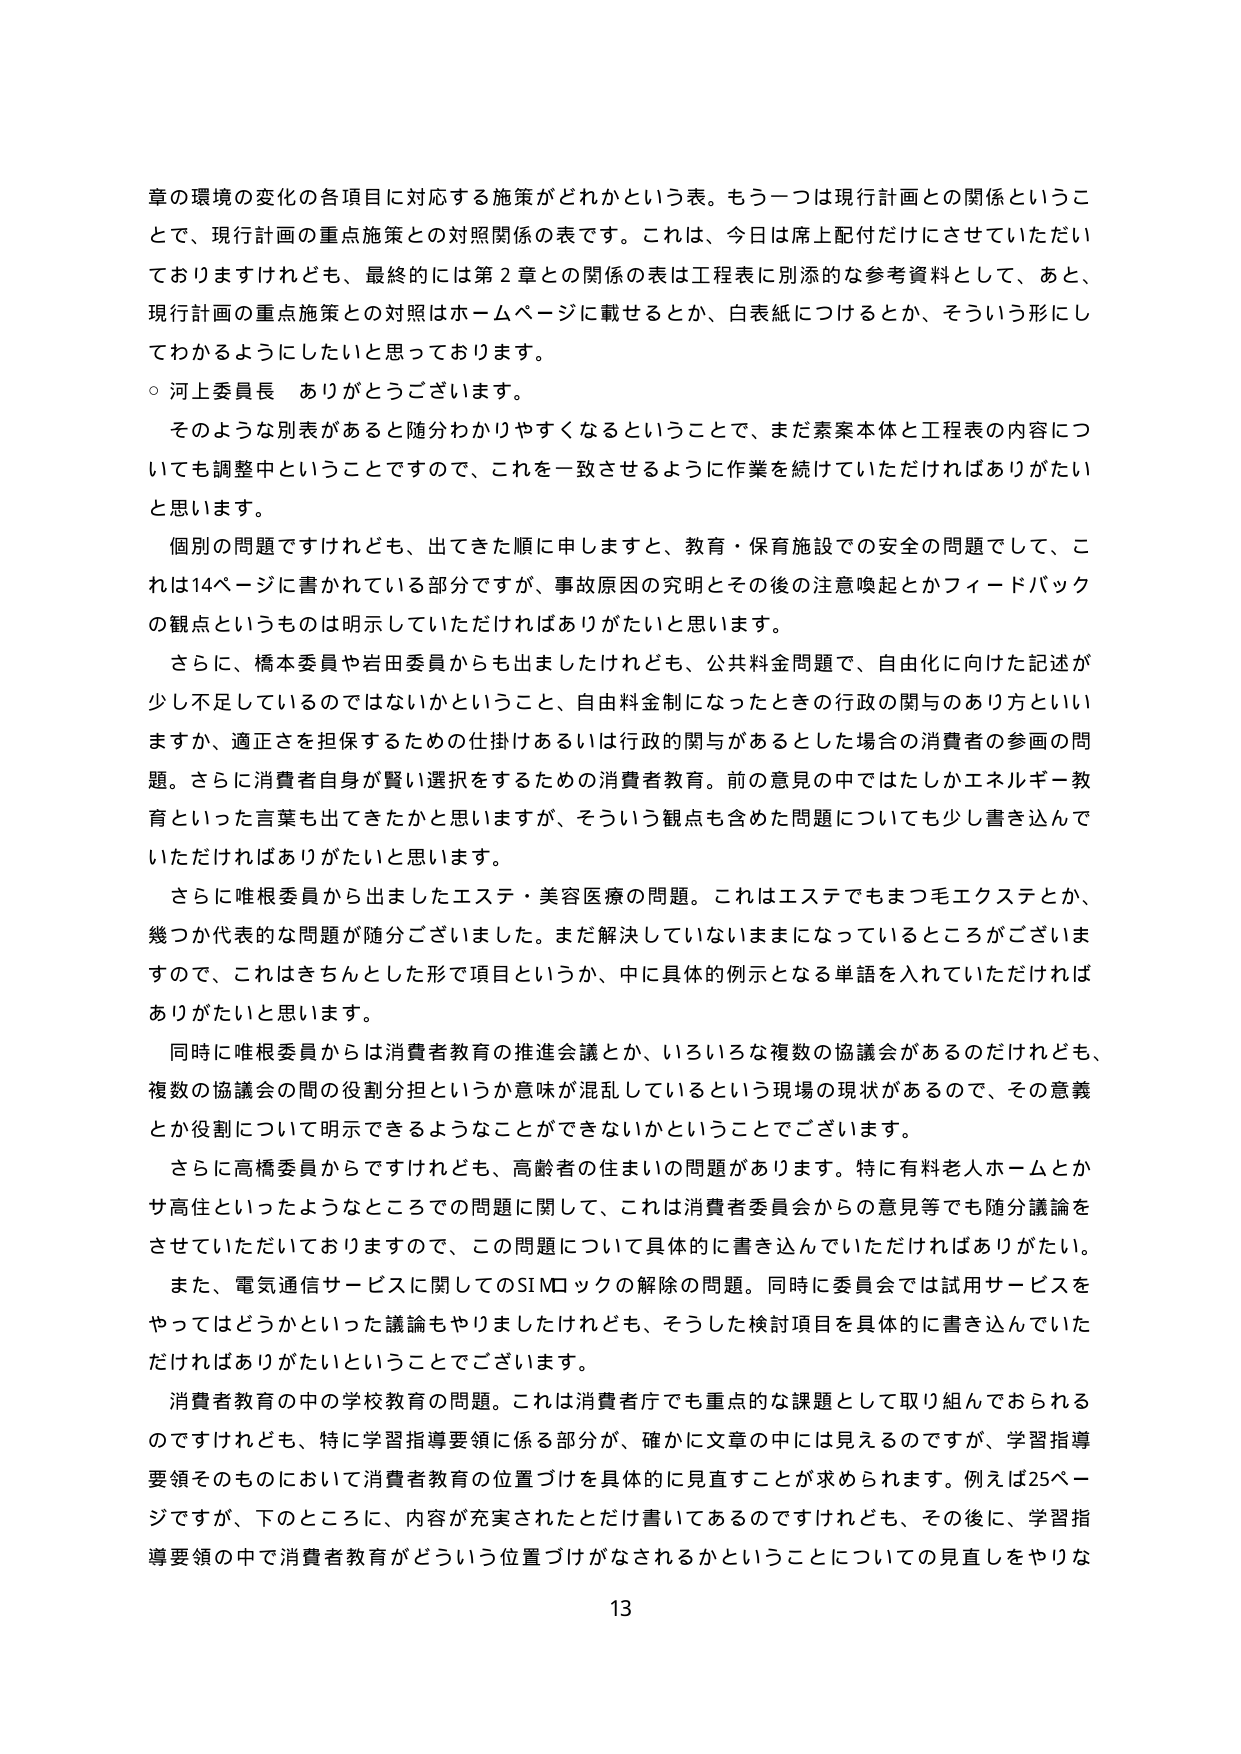
章の環境の変化の各項目に対応する施策がどれかという表。もう一つは現行計画との関係ということで、現行計画の重点施策との対照関係の表です。これは、今日は席上配付だけにさせていただいておりますけれども、最終的には第2章との関係の表は工程表に別添的な参考資料として、あと、現行計画の重点施策との対照はホームページに載せるとか、白表紙につけるとか、そういう形にしてわかるようにしたいと思っております。

○ 河上委員長 ありがとうございます。

そのような別表があると随分わかりやすくなるということで、まだ素案本体と工程表の内容についても調整中ということでですので、これを一致させるように作業を続けていただければありがたいと思います。

個別の問題ですけれども、出てきた順に申しますと、教育・保育施設での安全の問題でして、これは14ページに書かれている部分ですが、事故原因の究明とその後の注意喚起とかフィードバックの観点というものは明示していただければありがたいと思います。

さらに、橋本委員や岩田委員からも出ましたけれども、公共料金問題で、自由化に向けた記述が少し不足しているのではないかということ、自由料金制になったときの行政の関与のあり方といいますか、適正さを担保するための仕掛けあるいは行政の関与があるとした場合の消費者の参画の問題。さらに消費者自身が賢い選択をするための消費者教育。前の意見の中ではたしかエネルギー教育といった言葉も出てきたかと思いますが、そういう観点も含めた問題についても少し書き込んでいただければありがたいと思います。

さらに唯根委員から出ましたエステ・美容医療の問題。これはエステでもまつ毛エクステとか、幾つか代表的な問題が随分ございました。まだ解決していないままになっているところがございますので、これはきちんととした形で項目というか、中に具体的例示となる単語を入れていただければありがたいと思います。

同時に唯根委員からは消費者教育の推進会議とか、いろいろな複数の協議会があるのだけれども、複数の協議会の間の役割分担というか意味が混乱しているという現場の現状があるので、その意義とか役割について明示できるようなことができないかということでございます。

さらに高橋委員からですけれども、高齢者の住まいの問題があります。特に有料老人ホームとかサ高住といったようなところでの問題に関して、これは消費者委員会からの意見等でも随分議論をさせていただいておりますので、この問題について具体的に書き込んでいただければありがたい。

また、電気通信サービスに関してのSIMロックの解除の問題。同時に委員会では試用サービスをやってはどうかといった議論もやりましたけれども、そうした検討項目を具体的に書き込んでいただければありがたいということでございます。

消費者教育の中の学校教育の問題。これは消費者庁でも重点的な課題として取り組んでおられるのですけれども、特に学習指導要領に係る部分が、確かに文章の中には見えるのですが、学習指導要領そのものにおいて消費者教育の位置づけを具体的に見直すことが求められます。例えば25ページですが、下のところに、内容が充実されたとだけ書いてあるのですけれども、その後に、学習指導要領の中で消費者教育がどういう位置づけがなされるかということについての見直しをやりな

13